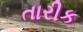
તારીક